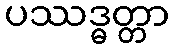
ပဿဒ္ဓတ္တာ